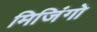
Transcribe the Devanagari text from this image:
मिजिंगो